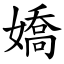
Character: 嬌